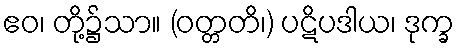
ဧဝ၊ တို့၌သာ။ (ဝတ္တတိ၊) ပဋိပဒါယ၊ ဒုက္ခ